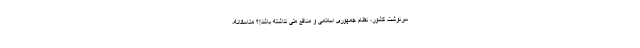
سرنوشت کشور، نظام جمهوری اسلامی و منافع ملی نداشته باشد!؟ متاسفانه،